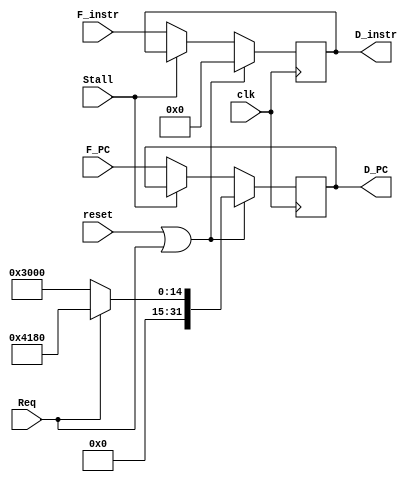
`timescale 1ns / 1ps
//////////////////////////////////////////////////////////////////////////////////
// Company: 
// Engineer: 
// 
// Design Name: 
// Module Name:    D_REG 
// Project Name: 
// Target Devices: 
// Tool versions: 
// Description: 
//
// Dependencies: 
//
// Revision: 
// Revision 0.01 - File Created
// Additional Comments: 
//
//////////////////////////////////////////////////////////////////////////////////
module D_REG(
	 input clk,
	 input reset,
	 input Stall,
	 input Req,
    input [31:0] F_PC,
    input [31:0] F_instr,
    output reg [31:0] D_PC,
    output reg [31:0] D_instr
    );
	 initial begin
		D_PC = 32'h00003000;
		D_instr = 32'h00000000;
	 end
	 always@(posedge clk) begin
		if (reset || Req) begin
			D_PC <= (Req == 1'b1) ? 32'h00004180 : 32'h00003000;
			D_instr <= 32'h00000000;
		end
		else begin
			if (Stall != 1'b1) begin
				D_PC <= F_PC;
				D_instr <= F_instr;
			end
			else begin
			end
		end
	 end
	

endmodule